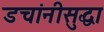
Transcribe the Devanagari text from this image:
डचांनीसुद्धा